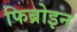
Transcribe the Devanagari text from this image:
फिब्रोइन